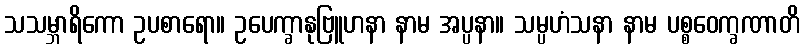
သသမ္ဘာရိကော ဥပစာရော။ ဥပေက္ခာနုဗြူဟနာ နာမ အပ္ပနာ။ သမ္ပဟံသနာ နာမ ပစ္စဝေက္ခဏာတိ